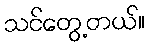
သင်တွေ့တယ်။